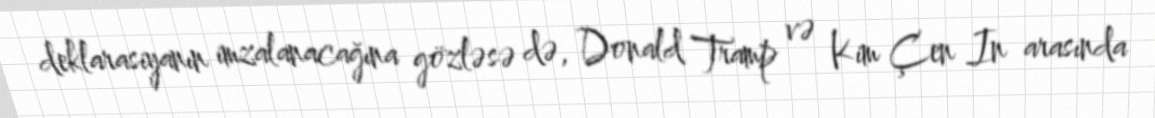
deklarasiyanın imzalanacağına gözləsə də, Donald Tramp və Kim Çen In arasında